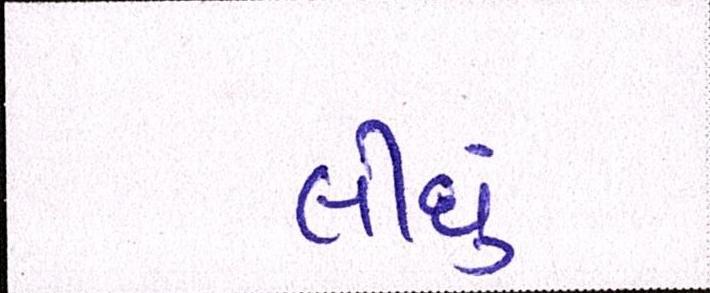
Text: લીઘું